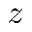
z